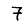
Digit: 7